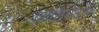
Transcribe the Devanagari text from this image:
ब्रह्मसभेतही